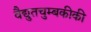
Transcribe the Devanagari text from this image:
वैद्युतचुम्बकीकी